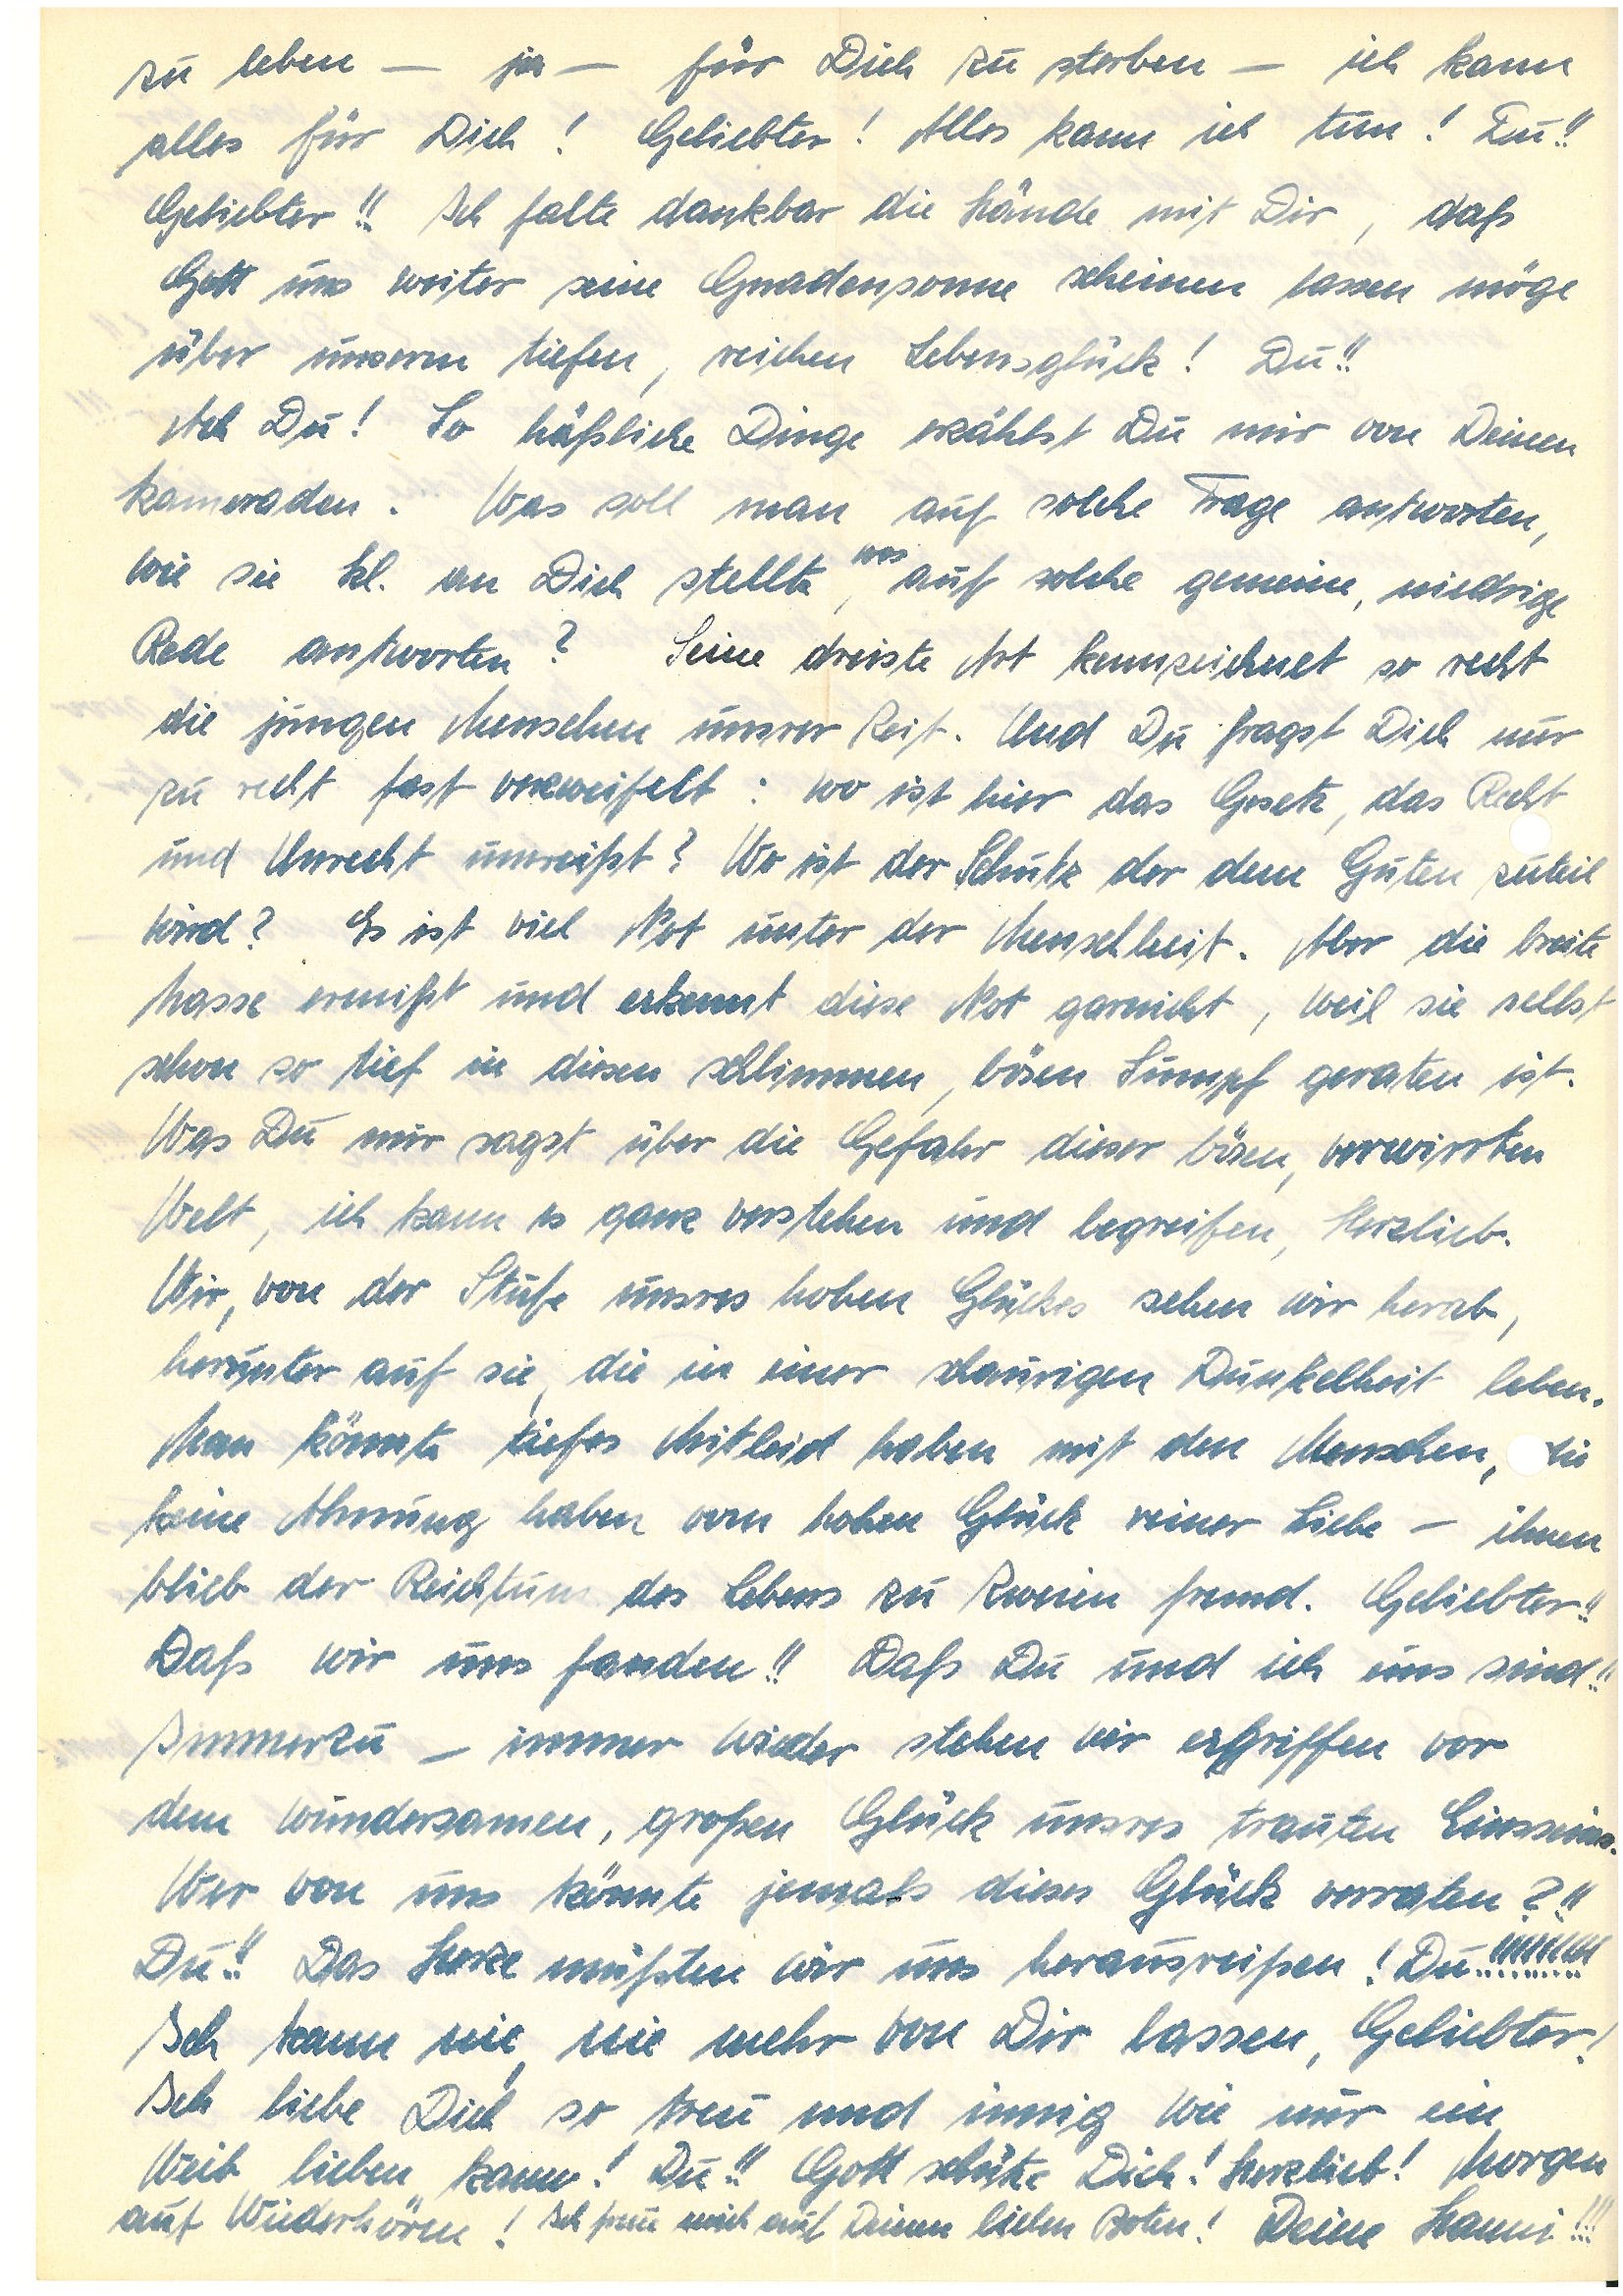
zu leben – ja – für Dich zu sterben – ich kann
alles für Dich! Geliebter! Alles kann ich tun! Du!!
Geliebter!! Ich falte dankbar die Hände mit Dir, daß
Gott uns weiter seine Gnadensonne scheinen lassen möge
über unserm tiefen, reichen Lebensglück! Du!!
Ach Du! So häßliche Dinge erzählst Du mir von Deinen
Kameraden. Was soll man auf solche Frage antworten,
was
wie sie Kl. an Dich stellte, auf solche gemeine, niedrige
Rede antworten? Seine dreiste Art kennzeichnet so recht
die jungen Menschen unsrer Zeit. Und Du fragst Dich nur
zu recht fast verzweifelt: wo ist hier das Gesetz, das Recht
und Unrecht umreißt? Wo ist der Schutz der dem Guten zuteil
wird? Es ist viel Not unter der Menschheit. Aber die breite
Masse ermißt und erkennt diese Not garnicht, weil sie selbst
schon so tief in diesen schlimmen, bösen Sumpf geraten ist.
Was Du mir sagst über die Gefahr dieser bösen, verwirrten
Welt, ich kann es ganz verstehen und begreifen, Herzlieb.
Wir, von der Stufe unsres hohen Glückes sehen wir herab,
herunter auf sie, die in einer schaurigen Dunkelheit leben.
Man könnte tiefes Mitleid haben mit den Menschen, ie
keine Ahnung haben vom hohen Glück reiner Liebe – ihnen
blieb der Reichtum des Lebens zu Zweien fremd. Geliebter!!
Daß wir uns fanden!! Daß Du und ich eins sind!!
Immerzu – immer wieder stehen wir ergriffen vor
dem wundersamen, großen Glück und unsres trauten Einsseins.
Wer von uns könnte jemals dieses Glück verraten?!!
Du!! Das Herze müßten wir uns herausreißen! Du!!!!!!!!!!!!
Ich kann nie, nie mehr von dir lassen, Geliebter!
Ich liebe Dich so treu und innig wie nur ein
Weib lieben kann! Du!! Gott schütze Dich! Herzlieb! Morgen
auf Wiederhören! Ich freu mich auf Deinen lieben Boten! Deine !!!